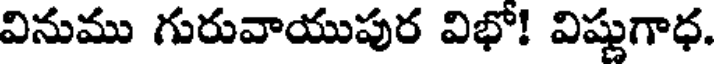
వినుము గురువాయుపుర విభో! విష్ణుగాధ.